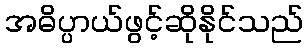
အဓိပ္ပာယ်ဖွင့်ဆိုနိုင်သည်